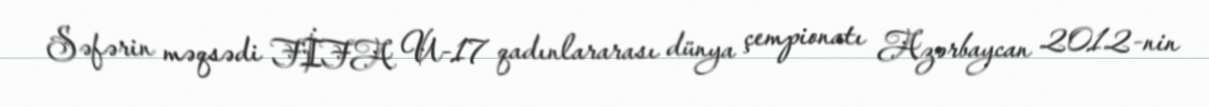
Səfərin məqsədi FİFA U-17 qadınlararası dünya çempionatı Azərbaycan 2012-nin